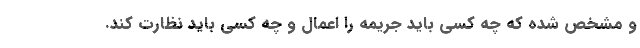
و مشخص شده که چه کسی باید جریمه را اعمال و چه کسی باید نظارت کند.